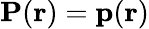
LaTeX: \mathbf{P}(\mathbf{r})=\mathbf{p}(\mathbf{r})